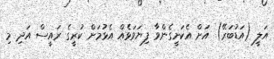
އަލީ (އަޑުބަރޭ) އަށް އެކަށީގެންވާ ފިޔަވަޅެއް އެޅުމަށް ކުރީގެ ރައީސް އަދި މި